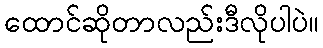
ထောင်ဆိုတာလည်းဒီလိုပါပဲ။